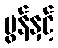
မွန်နှင့်